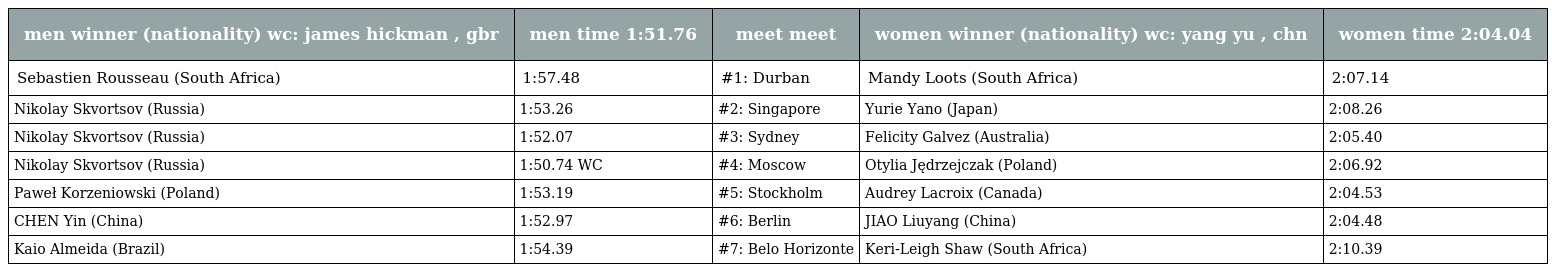
| men winner (nationality) wc: james hickman , gbr | men time 1:51.76 | meet meet | women winner (nationality) wc: yang yu , chn | women time 2:04.04 |
 | --- | --- | --- | --- | --- |
 | Sebastien Rousseau (South Africa) | 1:57.48 | #1: Durban | Mandy Loots (South Africa) | 2:07.14 |
 | Nikolay Skvortsov (Russia) | 1:53.26 | #2: Singapore | Yurie Yano (Japan) | 2:08.26 |
 | Nikolay Skvortsov (Russia) | 1:52.07 | #3: Sydney | Felicity Galvez (Australia) | 2:05.40 |
 | Nikolay Skvortsov (Russia) | 1:50.74 WC | #4: Moscow | Otylia Jędrzejczak (Poland) | 2:06.92 |
 | Paweł Korzeniowski (Poland) | 1:53.19 | #5: Stockholm | Audrey Lacroix (Canada) | 2:04.53 |
 | CHEN Yin (China) | 1:52.97 | #6: Berlin | JIAO Liuyang (China) | 2:04.48 |
 | Kaio Almeida (Brazil) | 1:54.39 | #7: Belo Horizonte | Keri-Leigh Shaw (South Africa) | 2:10.39 |